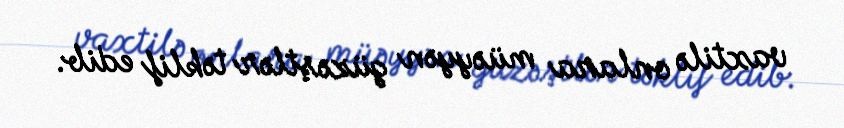
vaxtilə onlara müəyyən güzəştlər təklif edib.